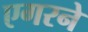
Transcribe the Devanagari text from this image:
एगरने